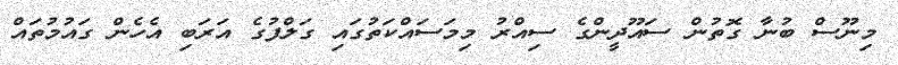
މިނޫސް ބުނާ ގޮތުން ސައޫދީންގެ ސިއްރު މިމަސައްކަތުގައި ގަލްފުގެ އަރަބި އެހެން ގައުމުތައް